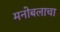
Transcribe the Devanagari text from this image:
मनोबलाचा